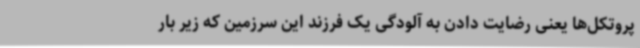
پروتکل‌ها یعنی رضایت دادن به آلودگی یک فرزند این سرزمین که زیر بار